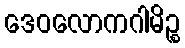
ဒေဝလောကဂါမိဉ္စ